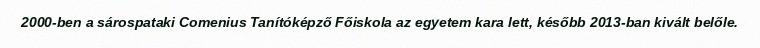
2000-ben a sárospataki Comenius Tanítóképző Főiskola az egyetem kara lett, később 2013-ban kivált belőle.